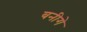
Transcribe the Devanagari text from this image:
बनीगे